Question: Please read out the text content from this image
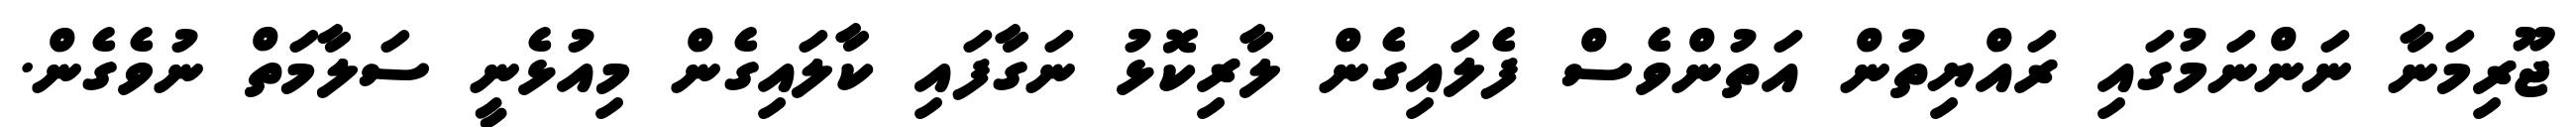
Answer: ޖޫރިމަނާ ނަންނަމުގައި ރައްޔިތުން އަތުންވެސް ފެލައިގެން ލާރިކޮޅު ނަގާފައި ކާލައިގެން މިއުޅެނީ ސަލާމަތް ނުވެގެން.